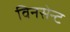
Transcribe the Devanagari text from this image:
विनसेन्ट